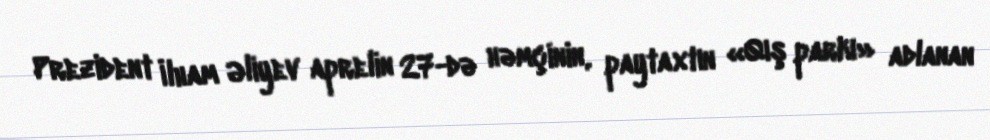
Prezident İlham Əliyev aprelin 27-də həmçinin, paytaxtın «Qış parkı» adlanan